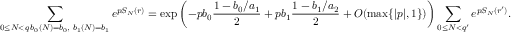
\sum _ { \substack { 0 \le N < q \, b _ { 0 } ( N ) = b _ { 0 } , \, \, b _ { 1 } ( N ) = b _ { 1 } } } e ^ { p S _ { N } ( r ) } = \exp \left( - p b _ { 0 } \frac { 1 - b _ { 0 } / a _ { 1 } } { 2 } + p b _ { 1 } \frac { 1 - b _ { 1 } / a _ { 2 } } { 2 } + O ( \operatorname* { m a x } \{ | p | , 1 \} ) \right) \sum _ { 0 \le N < q ^ { \prime } } e ^ { p S _ { N } ( r ^ { \prime } ) } .